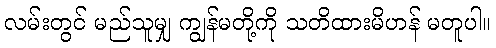
လမ်းတွင် မည်သူမျှ ကျွန်မတို့ကို သတိထားမိဟန် မတူပါ။